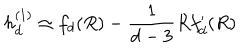
LaTeX: h _ { d } ^ { ( 1 ) } \simeq f _ { d } ( R ) - \frac { 1 } { d - 3 } R f _ { d } ^ { \prime } ( R )